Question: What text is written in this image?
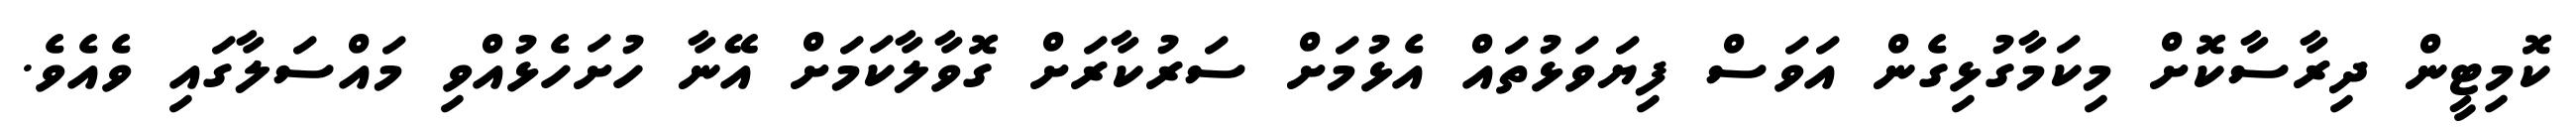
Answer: ކޮމިޓީން ދިރާސާކޮށް މިކަމާގުޅިގެން އަވަސް ފިޔަވަޅުތައް އެޅުމަށް ސަރުކާރަށް ގޮވާލާކަމަށް އޭނާ ހުށަހެޅުއްވި މައްސަލާގައި ވެއެވެ.